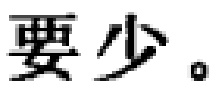
要少。